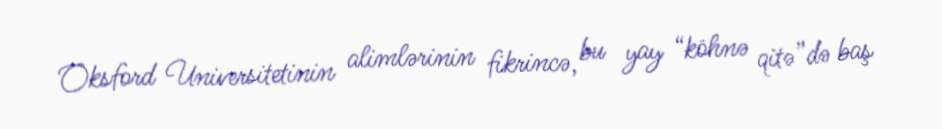
Oksford Universitetinin alimlərinin fikrincə, bu yay “köhnə qitə”də baş